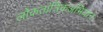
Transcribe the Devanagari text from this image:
लोकतांत्रिकअभियान